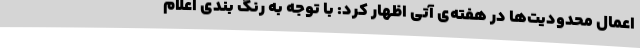
اعمال محدودیت‌ها در هفته‌ی آتی اظهار کرد: با توجه به رنگ بندی اعلام